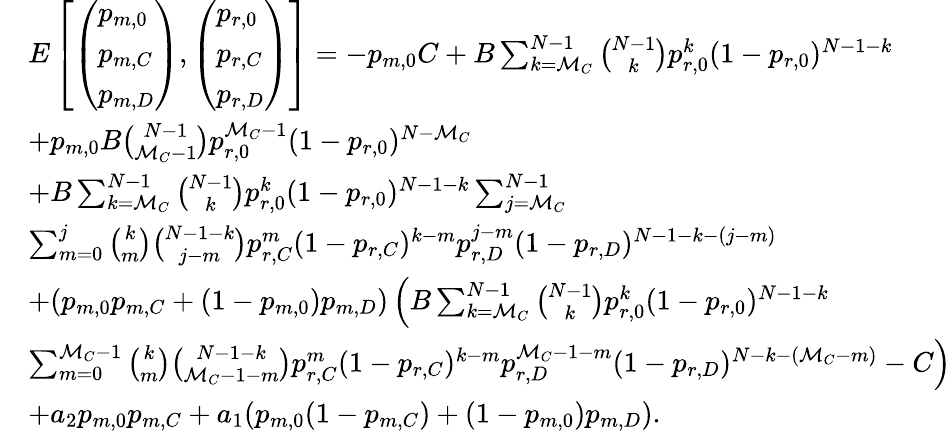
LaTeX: \begin{array}{rl}&{E\left[\left(\begin{array}{l}{p_{m,0}}\\ {p_{m,C}}\\ {p_{m,D}}\end{array}\right),\left(\begin{array}{l}{p_{r,0}}\\ {p_{r,C}}\\ {p_{r,D}}\end{array}\right)\right]=-p_{m,0}C+B\sum_{k=\mathcal{M}_{C}}^{N-1}{\binom{N-1}{k}}p_{r,0}^{k}(1-p_{r,0})^{N-1-k}}\\ &{+p_{m,0}B{\binom{N-1}{\mathcal{M}_{C}-1}}p_{r,0}^{\mathcal{M}_{C}-1}(1-p_{r,0})^{N-\mathcal{M}_{C}}}\\ &{+B\sum_{k=\mathcal{M}_{C}}^{N-1}{\binom{N-1}{k}}p_{r,0}^{k}(1-p_{r,0})^{N-1-k}\sum_{j=\mathcal{M}_{C}}^{N-1}}\\ &{\sum_{m=0}^{j}{\binom{k}{m}}{\binom{N-1-k}{j-m}}p_{r,C}^{m}(1-p_{r,C})^{k-m}p_{r,D}^{j-m}(1-p_{r,D})^{N-1-k-(j-m)}}\\ &{+(p_{m,0}p_{m,C}+(1-p_{m,0})p_{m,D})\left(B\sum_{k=\mathcal{M}_{C}}^{N-1}{\binom{N-1}{k}}p_{r,0}^{k}(1-p_{r,0})^{N-1-k}\right.}\\ &{\left.\sum_{m=0}^{\mathcal{M}_{C}-1}{\binom{k}{m}}{\binom{N-1-k}{\mathcal{M}_{C}-1-m}}p_{r,C}^{m}(1-p_{r,C})^{k-m}p_{r,D}^{\mathcal{M}_{C}-1-m}(1-p_{r,D})^{N-k-(\mathcal{M}_{C}-m)}-C\right)}\\ &{+a_{2}p_{m,0}p_{m,C}+a_{1}(p_{m,0}(1-p_{m,C})+(1-p_{m,0})p_{m,D}).}\end{array}